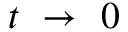
t ~ \rightarrow ~ 0